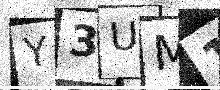
Text: Y3UM1T